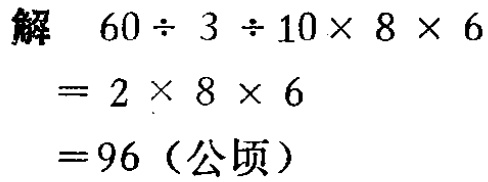
解
\[
\begin{align*}
&60\div3\div10\times8\times6\\
=&2\times8\times6\\
=&96 \text{（公顷）}
\end{align*}
\]